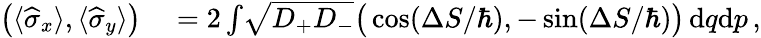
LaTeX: \begin{array}{rl}{\big(\langle\widehat\sigma_{x}\rangle,\langle\widehat\sigma_{y}\rangle\big)}&{{}=2\int\! \sqrt{D_{+}D_{-}}\big(\cos(\Delta S/\hbar),-\sin(\Delta S/\hbar)\big)\, \mathrm{d}q\mathrm{d}p\, ,}\end{array}